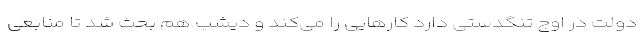
دولت در اوج تنگدستی دارد کارهایی را می‌کند و دیشب هم بحث شد تا منابعی